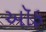
ઑફ